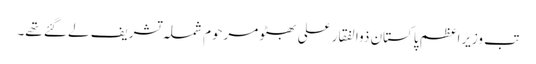
تب وزیراعظم پاکستان ذوالفقار علی بھٹو مرحوم شملہ تشریف لے گئے تھے۔